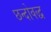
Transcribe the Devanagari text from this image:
छन्दोवद्ध